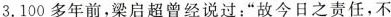
3.100多年前，梁启超曾经说过：”故今日之责任，不